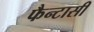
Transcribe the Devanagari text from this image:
फैन्टासी